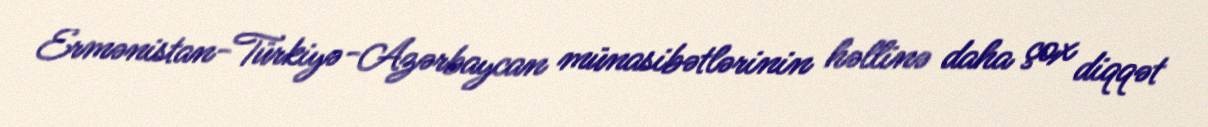
Ermənistan-Türkiyə-Azərbaycan münasibətlərinin həllinə daha çox diqqət